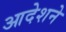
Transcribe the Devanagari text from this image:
आदेशने